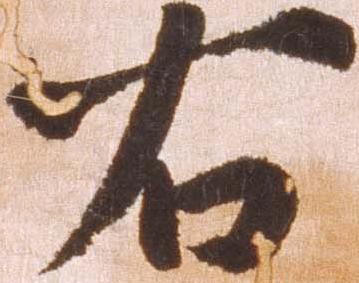
右